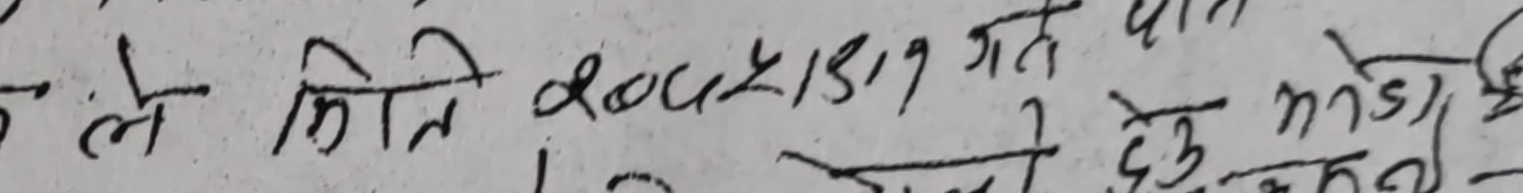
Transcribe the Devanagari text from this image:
ले मिति रू०२०८१३१९ गत ते